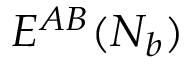
E ^ { A B } ( N _ { b } )